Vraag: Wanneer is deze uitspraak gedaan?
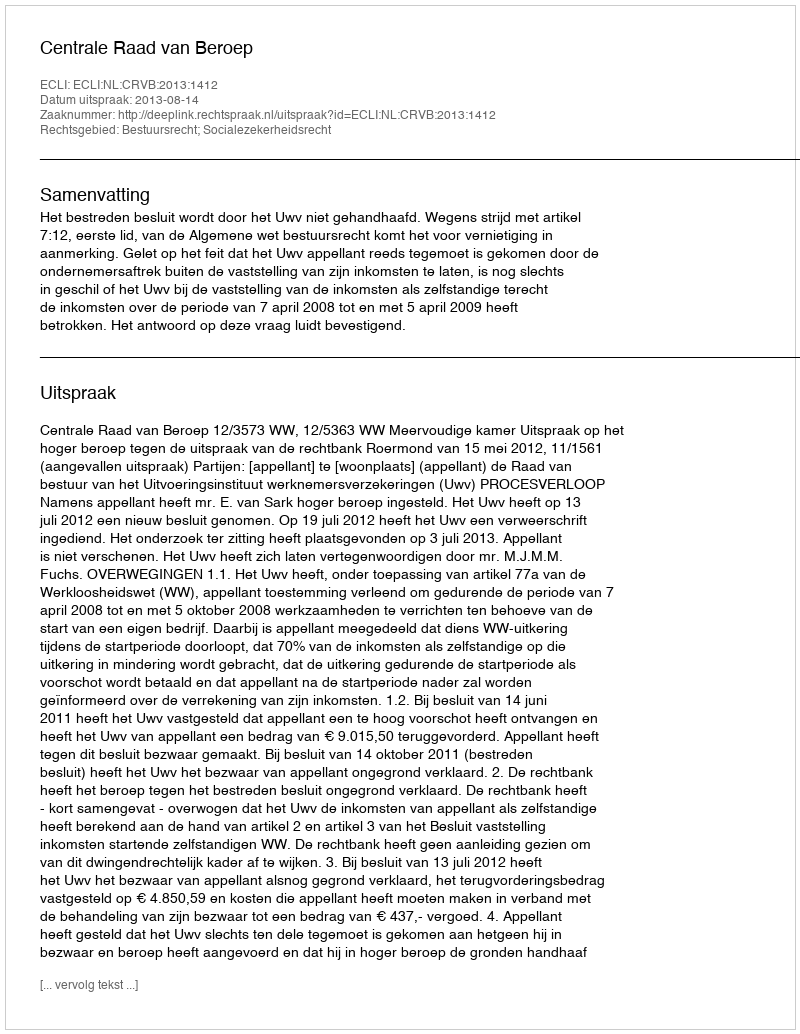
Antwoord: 2013-08-14